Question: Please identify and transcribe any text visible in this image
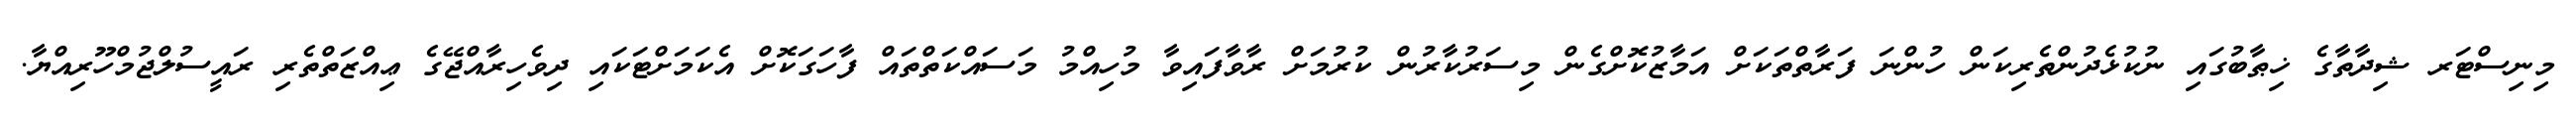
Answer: މިނިސްޓަރ ޝިދާތާގެ ޚިޠާބުގައި ނުކުޅެދުންތެރިކަން ހުންނަ ފަރާތްތަކަށް އަމާޒުކޮށްގެން މިސަރުކާރުން ކުރުމަށް ރާވާފައިވާ މުހިއްމު މަސައްކަތްތައް ފާހަގަކޮށް އެކަމަށްޓަކައި ދިވެހިރާއްޖޭގެ ޢިއްޒަތްތެރި ރައީސުލްޖުމްހޫރިއްޔާ.